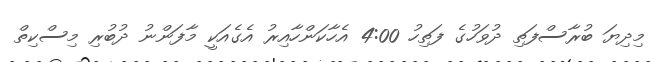
މިދިޔަ ބުރާސްފަތި ދުވަހުގެ ފަތިހު 4:00 އެހާކަންހާއިރު އެގެއަކީ މާފަންނު ދުބުރި މިސްކިތް